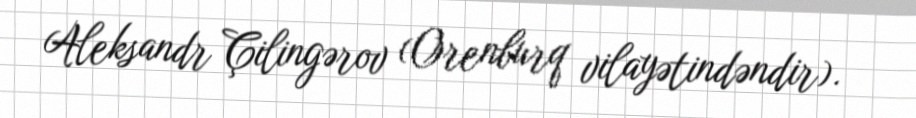
Aleksandr Çilingərov (Orenburq vilayətindəndir).